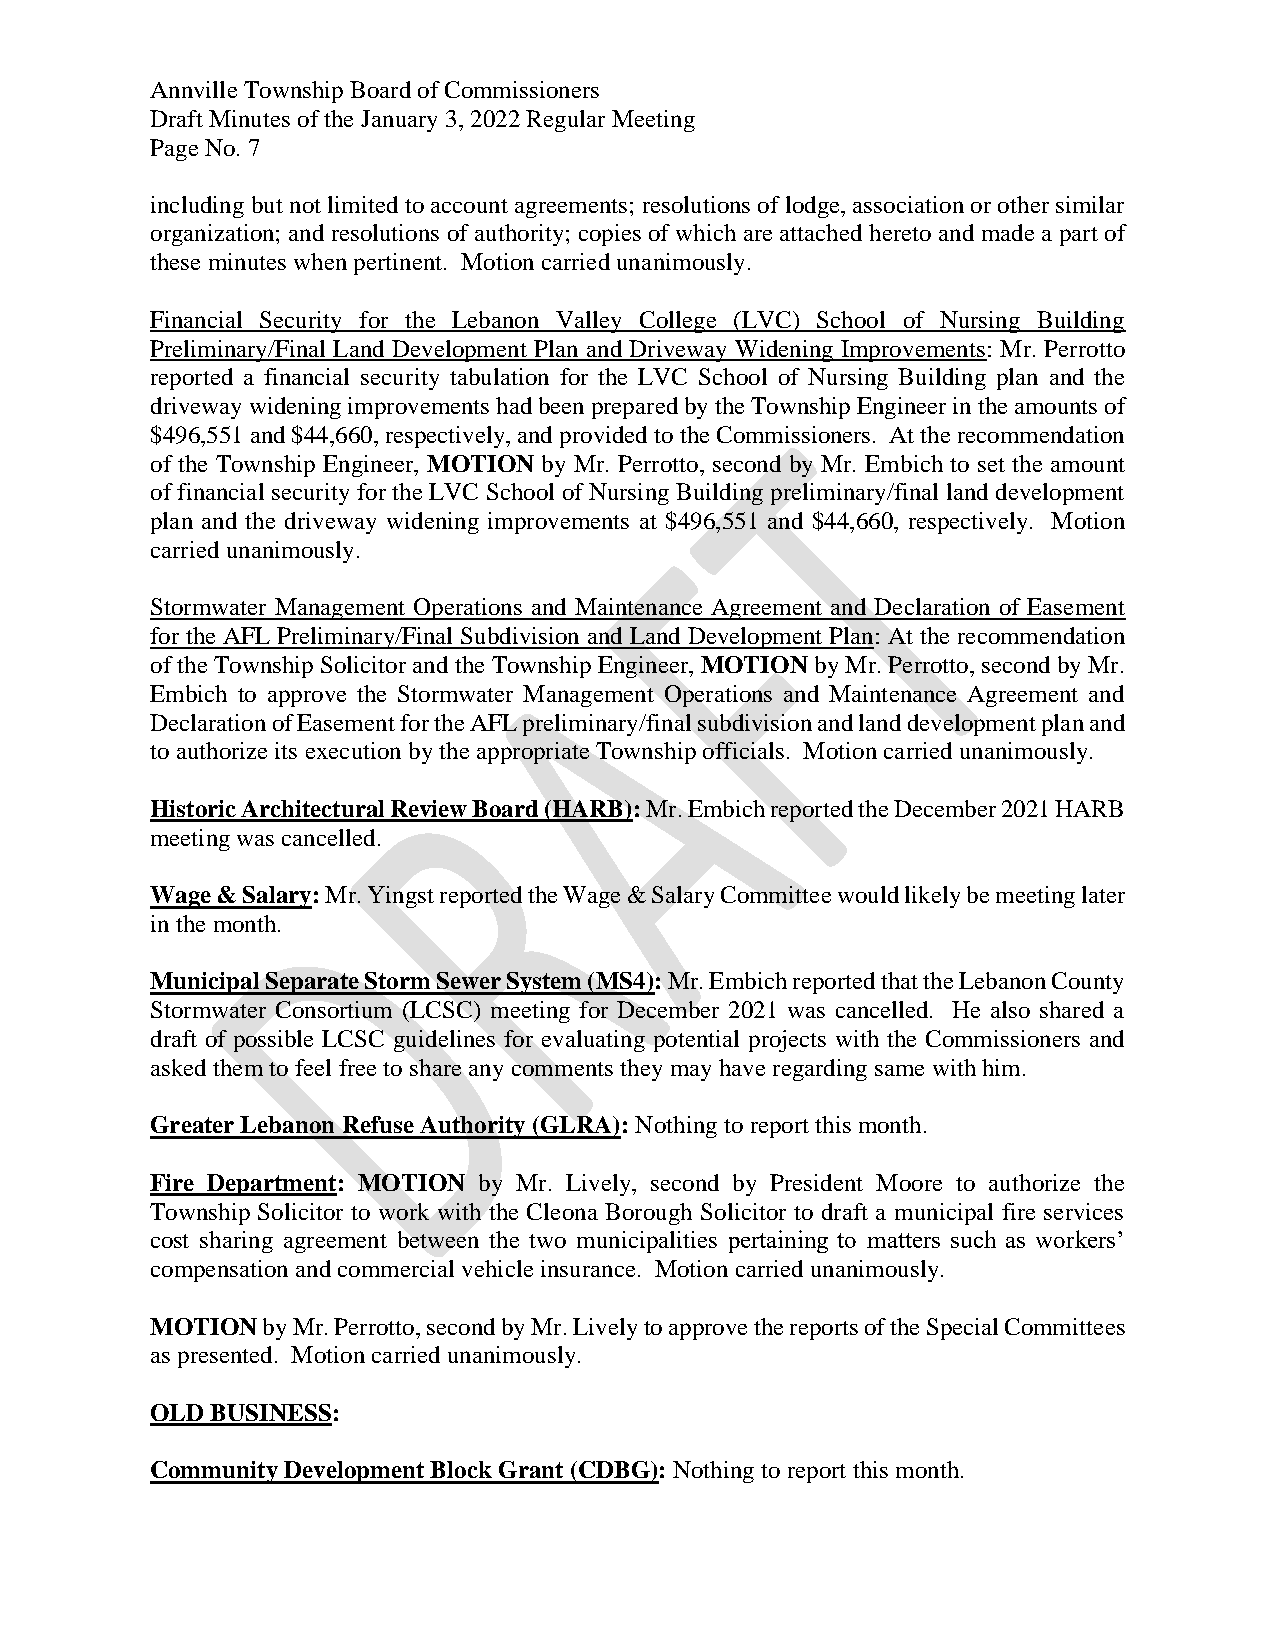
Annville Township Board of Commissioners
 Draft Minutes of the January 3, 2022 Regular Meeting
 Page No. 7
 including but not limited to account agreements; resolutions of lodge, association or other similar
 organization; and resolutions of authority; copies of which are attached hereto and made a part of
 these minutes when pertinent. Motion carried unanimously.
 Financial Security for the Lebanon Valley College (LVC) School of Nursing Building
 Preliminary/Final Land Development Plan and Driveway Widening Improvements: Mr. Perrotto
 reported a financial security tabulation for the LVC School of Nursing Building plan and the
 driveway widening improvements had been prepared by the Township Engineer in the amounts of
 $496,551 and $44,660, respectively, and provided to the Commissioners. At the recommendation
 of the Township Engineer, MOTION by Mr. Perrotto, second by Mr. Embich to set the amount
 of financial security for the LVC School of Nursing Building preliminary/final land development
 plan and the driveway widening improvements at $496,551 and $44,660, respectively. Motion
 carried unanimously.
 Stormwater Management Operations and Maintenance Agreement and Declaration of Easement
 for the AFL Preliminary/Final Subdivision and Land Development Plan: At the recommendation
 of the Township Solicitor and the Township Engineer, MOTION by Mr. Perrotto, second by Mr.
 Embich to approve the Stormwater Management Operations and Maintenance Agreement and
 Declaration of Easement for the AFL preliminary/final subdivision and land development plan and
 to authorize its execution by the appropriate Township officials. Motion carried unanimously.
 Historic Architectural Review Board (HARB): Mr. Embich reported the December 2021 HARB
 meeting was cancelled.
 Wage & Salary: Mr. Yingst reported the Wage & Salary Committee would likely be meeting later
 in the month.
 Municipal Separate Storm Sewer System (MS4): Mr. Embich reported that the Lebanon County
 Stormwater Consortium (LCSC) meeting for December 2021 was cancelled. He also shared a
 draft of possible LCSC guidelines for evaluating potential projects with the Commissioners and
 asked them to feel free to share any comments they may have regarding same with him.
 Greater Lebanon Refuse Authority (GLRA): Nothing to report this month.
 Fire Department: MOTION by Mr. Lively, second by President Moore to authorize the
 Township Solicitor to work with the Cleona Borough Solicitor to draft a municipal fire services
 cost sharing agreement between the two municipalities pertaining to matters such as workers’
 compensation and commercial vehicle insurance. Motion carried unanimously.
 MOTION by Mr. Perrotto, second by Mr. Lively to approve the reports of the Special Committees
 as presented. Motion carried unanimously.
 OLD BUSINESS:
 Community Development Block Grant (CDBG): Nothing to report this month.